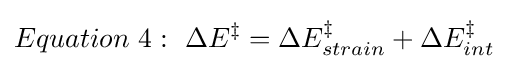
Equation\ 4:\ \Delta E^{\ddagger }=\Delta E_{strain}^{\ddagger }+\Delta E_{int}^{\ddagger }